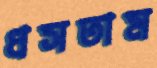
ধসতাম